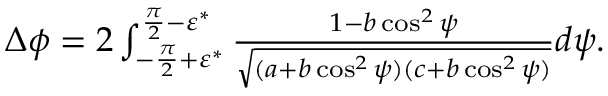
\begin{array} { r } { \Delta \phi = 2 \int _ { - \frac { \pi } { 2 } + \varepsilon ^ { * } } ^ { \frac { \pi } { 2 } - \varepsilon ^ { * } } \frac { 1 - b \cos ^ { 2 } \psi } { \sqrt { ( a + b \cos ^ { 2 } \psi ) ( c + b \cos ^ { 2 } \psi ) } } d \psi . } \end{array}